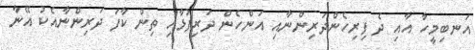
އަނބިމީހާ އާއި ދެ ފިރިހެންދަރިންނާއި އަންހެން ދަރިފުޅާއި ތިން ކާފަ ދަަރިންނާއެކު އޭނާ